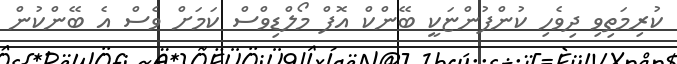
ކުރިމަތިވި ދިވެހި ކުންފުންޏަކީ ބޭންކް އޮފް މޯލްޑިވްސް ކަމަށް ވެސް އެ ބޭންކުން